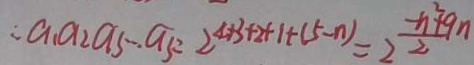
\therefore a _ { 1 } a _ { 2 } a _ { 5 } a _ { 3 } = 2 ^ { 4 + 3 + 2 + 1 + ( 5 - n ) } = 2 \frac { - n ^ { 2 } + 9 n } { 2 }